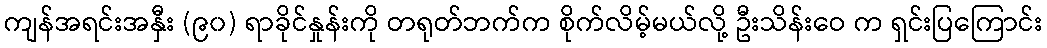
ကျန်အရင်းအနှီး (၉၀) ရာခိုင်နှုန်းကို တရုတ်ဘက်က စိုက်လိမ့်မယ်လို့ ဦးသိန်းဝေ က ရှင်းပြကြောင်း